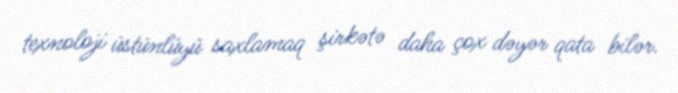
texnoloji üstünlüyü saxlamaq şirkətə daha çox dəyər qata bilər.